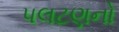
પલટણનો